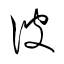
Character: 彼